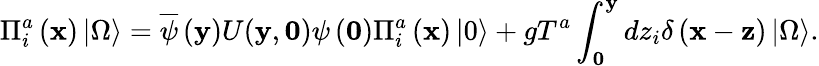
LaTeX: \Pi_{i}^{a}\left({\mathbf x}\right)\left|\Omega\right\rangle=\overline{{\psi}}\left({\mathbf y}\right)U({\mathbf y},{\mathbf 0})\psi\left({\mathbf 0}\right)\Pi_{i}^{a}\left({\mathbf x}\right)\left|0\right\rangle+gT^{a}\int_{\mathbf 0}^{\mathbf y}{dz_{i}}\delta\left({{\mathbf x}-{\mathbf z}}\right)\left|\Omega\right\rangle.